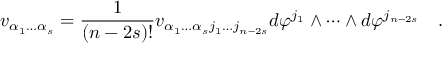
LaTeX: v _ { \alpha _ { 1 } \dots \alpha _ { s } } = { \frac { 1 } { ( n - 2 s ) ! } } v _ { \alpha _ { 1 } \dots \alpha _ { s } j _ { 1 } \dots j _ { n - 2 s } } d \varphi ^ { j _ { 1 } } \wedge \dots \wedge d \varphi ^ { j _ { n - 2 s } } \quad .